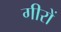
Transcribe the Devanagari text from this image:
गीरों